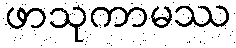
ဖာသုကာမဿ